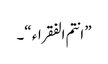
” انتم الفقراء “۔